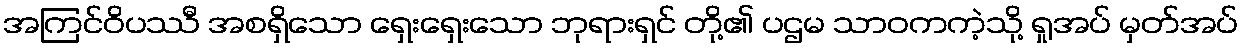
အကြင်ဝိပဿီ အစရှိသော ရှေးရှေးသော ဘုရားရှင် တို့၏ ပဌမ သာဝကကဲ့သို့ ရှုအပ် မှတ်အပ်